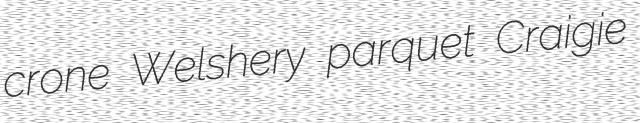
crone Welshery parquet Craigie